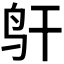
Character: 𱉋